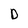
Character: D